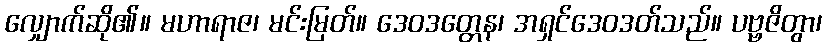
လျှောက်ဆို၏။ မဟာရာဇ၊ မင်းမြတ်။ ဒေဝဒတ္တေန၊ အရှင်ဒေဝဒတ်သည်။ ပဗ္ဗဇိတွာ၊